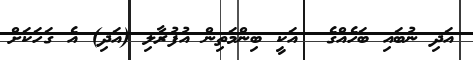
އަދި ނުބައި ބަހެއްގެ  އަކީ ބިންމަތިން އުފުރާލި (އަދި) އެ ގަހަކަށް